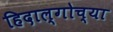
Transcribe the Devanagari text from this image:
हिदाल्गोच्या